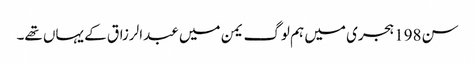
سن198 ہجری میں ہم لوگ یمن میں عبدالرزاق کے یہاں تھے۔